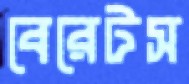
বেরেটস